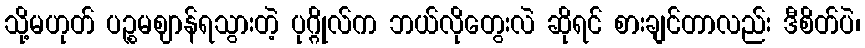
သို့မဟုတ် ပဉ္စမဈာန်ရသွားတဲ့ ပုဂ္ဂိုလ်က ဘယ်လိုတွေးလဲ ဆိုရင် စားချင်တာလည်း ဒီစိတ်ပဲ၊